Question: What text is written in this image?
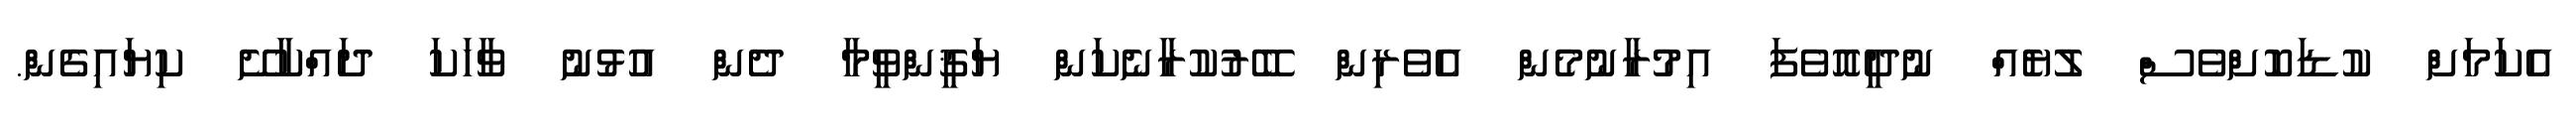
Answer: އެކަމަށް ކުޑަކޮށްވެސް ލުޔެއް ނުދީއޮވެފަ އިމުރާނުމެން އެވެރިން ބޭރުކުރާނެކަން ޔަޤީންވީމާ ދެން އުޅުނު ވާހަކަ ދައްކާށޭ ކިޔައިގެން.